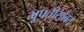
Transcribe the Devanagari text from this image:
भूपतीसोबत